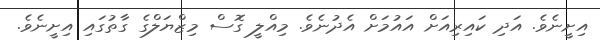
އިށީނެވެ. އަދި ކައިރިއަށް އައުމަށް އެދުނެވެ. މިއްލީ ގޮސް މިޒްޔަލްގެ ގާތުގައި އިށީނެވެ.